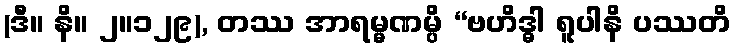
(ဒီ။ နိ။ ၂။၁၂၉), တဿ အာရမ္မဏမ္ပိ “ဗဟိဒ္ဓါ ရူပါနိ ပဿတိ